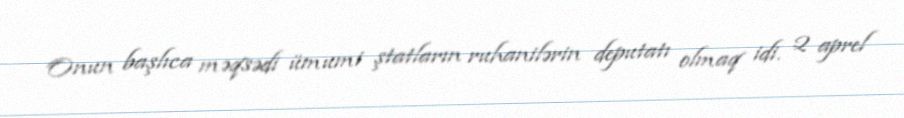
Onun başlıca məqsədi ümumi ştatların ruhanilərin deputatı olmaq idi. 2 aprel